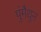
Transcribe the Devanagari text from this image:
पुंमैथुन